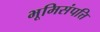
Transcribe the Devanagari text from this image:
भूमिसंपत्ति